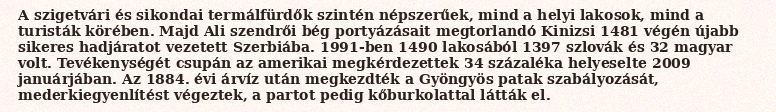
A szigetvári és sikondai termálfürdők szintén népszerűek, mind a helyi lakosok, mind a turisták körében. Majd Ali szendrői bég portyázásait megtorlandó Kinizsi 1481 végén újabb sikeres hadjáratot vezetett Szerbiába. 1991-ben 1490 lakosából 1397 szlovák és 32 magyar volt. Tevékenységét csupán az amerikai megkérdezettek 34 százaléka helyeselte 2009 januárjában. Az 1884. évi árvíz után megkezdték a Gyöngyös patak szabályozását, mederkiegyenlítést végeztek, a partot pedig kőburkolattal látták el.